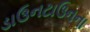
ડાઉનટાઉનના